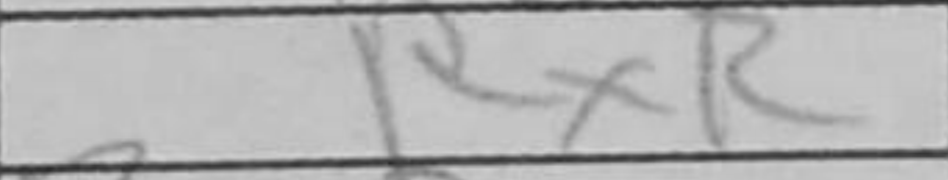
Transcription: RxR